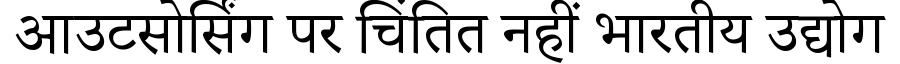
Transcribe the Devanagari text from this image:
आउटसोर्सिंग पर चिंतित नहीं भारतीय उद्योग